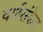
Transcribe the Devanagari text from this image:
वर्णसंकेत